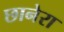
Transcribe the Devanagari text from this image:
छानेरा